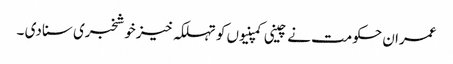
عمران حکومت نے چینی کمپنیوں کو تہلکہ خیز خوشخبری سنا دی ۔